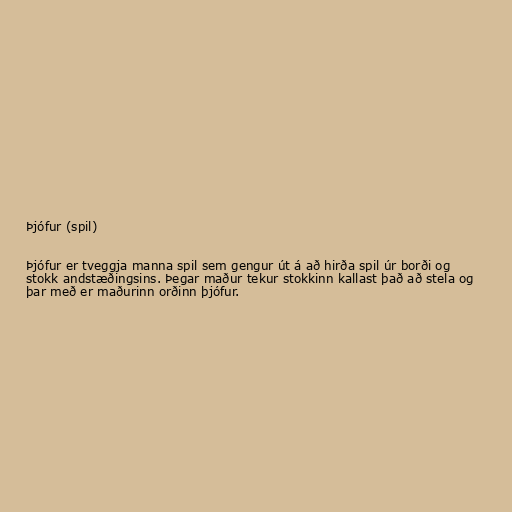
Þjófur (spil)

Þjófur er tveggja manna spil sem gengur út á að hirða spil úr borði og
stokk andstæðingsins. Þegar maður tekur stokkinn kallast það að stela og
þar með er maðurinn orðinn þjófur.